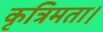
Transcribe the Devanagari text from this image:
कृत्रिमता।